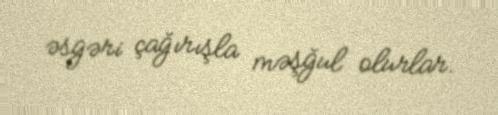
əsgəri çağırışla məşğul olurlar.